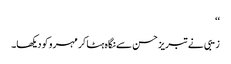
‘‘
زیبی نے تبریز حسن سے نگاہ ہٹا کر مہرو کو دیکھا۔